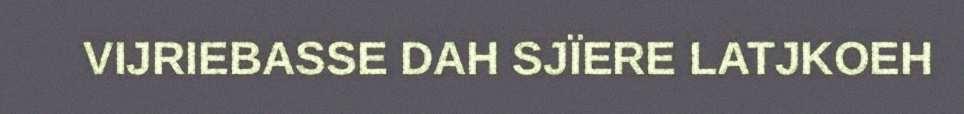
VIJRIEBASSE DAH SJÏERE LATJKOEH